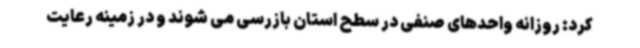
کرد: روزانه واحدهای صنفی در سطح استان بازرسی می شوند و در زمینه رعایت